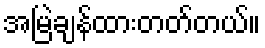
အမြဲချန်ထားတတ်တယ်။